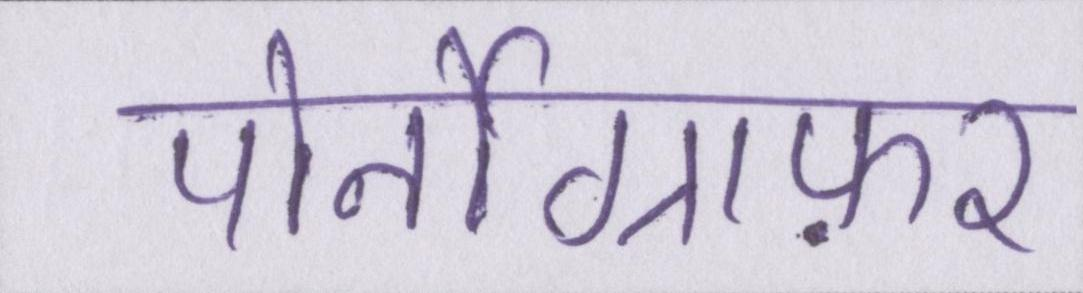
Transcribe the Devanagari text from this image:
पोर्नोग्राफ़र